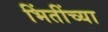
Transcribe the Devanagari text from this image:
भिंतींच्या